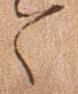
々